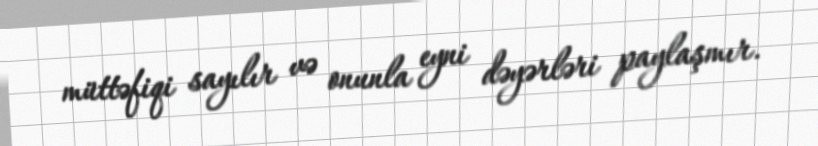
müttəfiqi sayılır və onunla eyni dəyərləri paylaşmır.